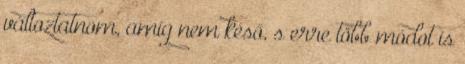
változtatnom, amíg nem késő, s erre több módot is